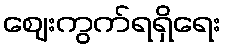
ဈေးကွက်ရရှိရေး